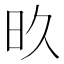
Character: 𬀨